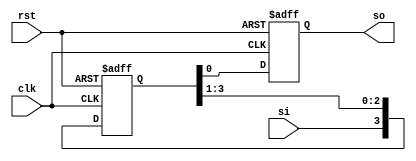
module siso (so, si, clk, rst);
    output reg so;
    input si, clk, rst;
    reg [3:0]q;
    always @ (posedge clk or posedge rst) begin
        if (rst) begin q <= 4'b0000; so <= 0; end
        else begin
            q <= q>>1;
            q[3] <= si;
            so = q[0];
        end    
    end   
endmodule

module siso_tb;
    wire so;
    reg si, clk, rst;
    siso tb(so, si, clk, rst);
    always #5 clk = ~clk;
    initial begin
        rst = 1; clk = 0; si = 0;
        #10 rst = 0;
        #10 si = 1;
        #10 si = 0;
        #10 si = 0;
        #10 si = 1;
        #10 si = 1;
        #50 $stop;
    end
endmodule